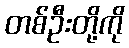
တစ်ဦးတို့ကို